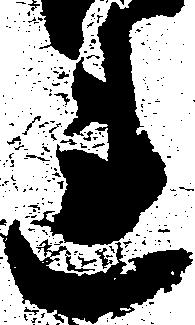
連